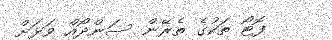
ފޮޓޯ ތަކުގެ ތެރޭން ސަންދޯއް ވަޅަށް